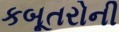
કબૂતરોની